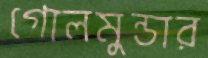
গোলমুন্ডার